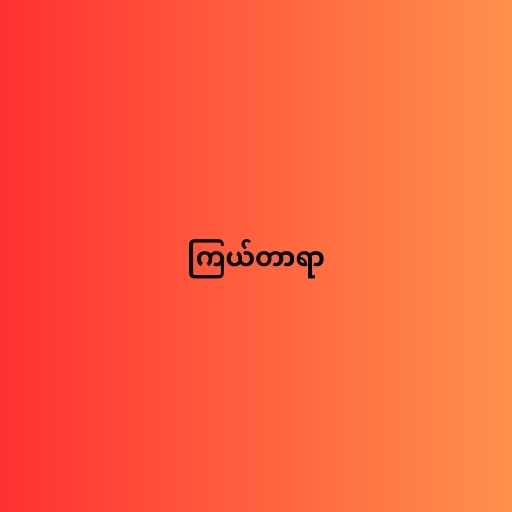
ကြယ်တာရာ